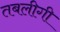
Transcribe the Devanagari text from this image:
तबलीगी